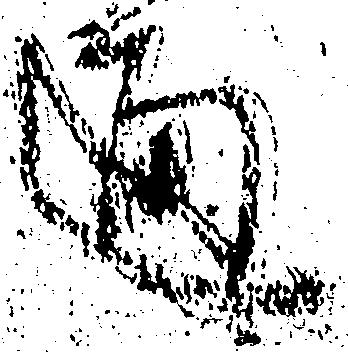
通